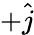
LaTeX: +\hat{j}